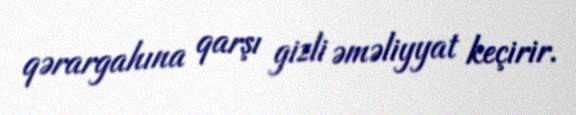
qərargahına qarşı gizli əməliyyat keçirir.